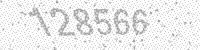
Solution: 128566